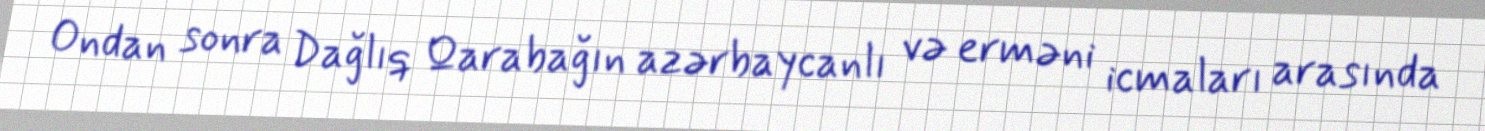
Ondan sonra Dağlıq Qarabağın azərbaycanlı və erməni icmaları arasında